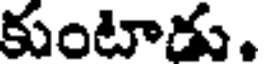
కుంటాడు.